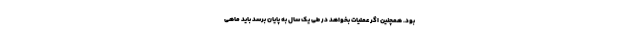
بود. همچنین اگر عملیات بخواهد در طی یک سال به پایان برسد باید ماهی